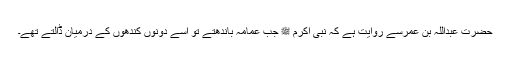
حضرت عبداللہ بن عمرسے روایت ہے کہ نبی اکرم ﷺ جب عمامہ باندھتے تو اسے دونوں کندھوں کے درمیان ڈالتے تھے۔